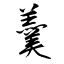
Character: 羹